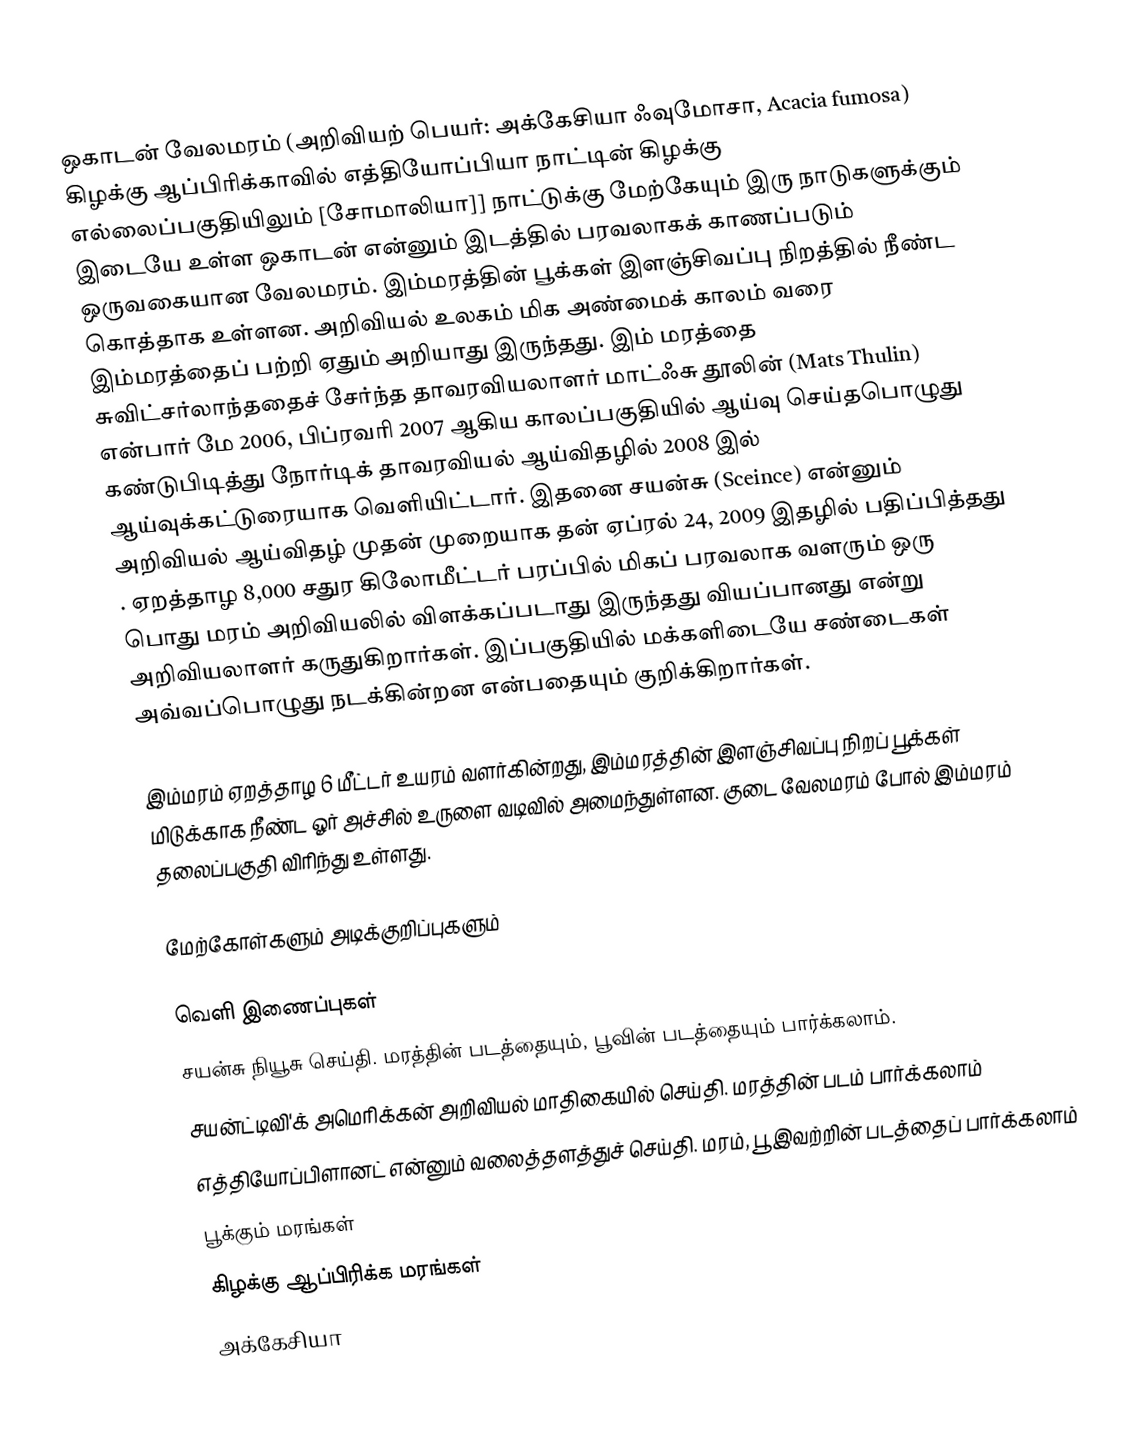
ஒகாடன் வேலமரம் (அறிவியற் பெயர்: அக்கேசியா ஃவுமோசா, Acacia fumosa) கிழக்கு ஆப்பிரிக்காவில் எத்தியோப்பியா நாட்டின் கிழக்கு எல்லைப்பகுதியிலும் [சோமாலியா]] நாட்டுக்கு மேற்கேயும் இரு நாடுகளுக்கும் இடையே உள்ள ஒகாடன் என்னும் இடத்தில் பரவலாகக் காணப்படும் ஒருவகையான வேலமரம். இம்மரத்தின் பூக்கள் இளஞ்சிவப்பு நிறத்தில் நீண்ட கொத்தாக உள்ளன. அறிவியல் உலகம் மிக அண்மைக் காலம் வரை இம்மரத்தைப் பற்றி ஏதும் அறியாது இருந்தது. இம் மரத்தை சுவிட்சர்லாந்ததைச் சேர்ந்த தாவரவியலாளர் மாட்ஃசு தூலின் (Mats Thulin) என்பார் மே 2006, பிப்ரவரி 2007 ஆகிய காலப்பகுதியில் ஆய்வு செய்தபொழுது கண்டுபிடித்து நோர்டிக் தாவரவியல் ஆய்விதழில் 2008 இல் ஆய்வுக்கட்டுரையாக வெளியிட்டார். இதனை சயன்சு (Sceince) என்னும் அறிவியல் ஆய்விதழ் முதன் முறையாக தன் ஏப்ரல் 24, 2009 இதழில் பதிப்பித்தது . ஏறத்தாழ 8,000 சதுர கிலோமீட்டர் பரப்பில் மிகப் பரவலாக வளரும் ஒரு பொது மரம் அறிவியலில் விளக்கப்படாது இருந்தது வியப்பானது என்று அறிவியலாளர் கருதுகிறார்கள். இப்பகுதியில் மக்களிடையே சண்டைகள் அவ்வப்பொழுது நடக்கின்றன என்பதையும் குறிக்கிறார்கள்.

இம்மரம் ஏறத்தாழ 6 மீட்டர் உயரம் வளர்கின்றது, இம்மரத்தின் இளஞ்சிவப்பு நிறப் பூக்கள் மிடுக்காக நீண்ட ஓர் அச்சில் உருளை வடிவில் அமைந்துள்ளன. குடை வேலமரம் போல் இம்மரம் தலைப்பகுதி விரிந்து உள்ளது.

மேற்கோள்களும் அடிக்குறிப்புகளும்

வெளி இணைப்புகள்
சயன்சு நியூசு செய்தி. மரத்தின் படத்தையும், பூவின் படத்தையும் பார்க்கலாம்.
சயன்ட்டிவி'க் அமெரிக்கன் அறிவியல் மாதிகையில் செய்தி. மரத்தின் படம் பார்க்கலாம்
எத்தியோப்பிளானட் என்னும் வலைத்தளத்துச் செய்தி. மரம், பூ இவற்றின் படத்தைப் பார்க்கலாம்
பூக்கும் மரங்கள்
கிழக்கு ஆப்பிரிக்க மரங்கள்
அக்கேசியா